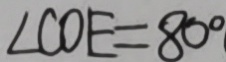
\angle C O E = 8 0 ^ { \circ }